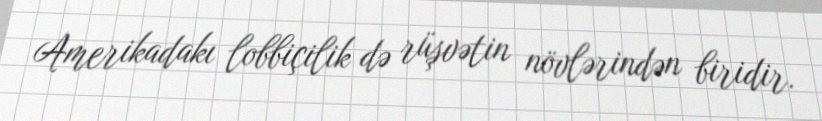
Amerikadakı lobbiçilik də rüşvətin növlərindən biridir.